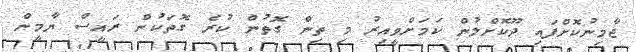
ޖާމިނުކޮށްފައި ދޫކޮށްލުން ކަމަށްވީއިރު މި ތިން ގޮތުން ކުރެ ގޮތަކުން ރައީސް ޔާމީން